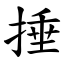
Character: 捶